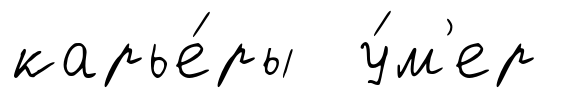
карье́ры у́м'ер